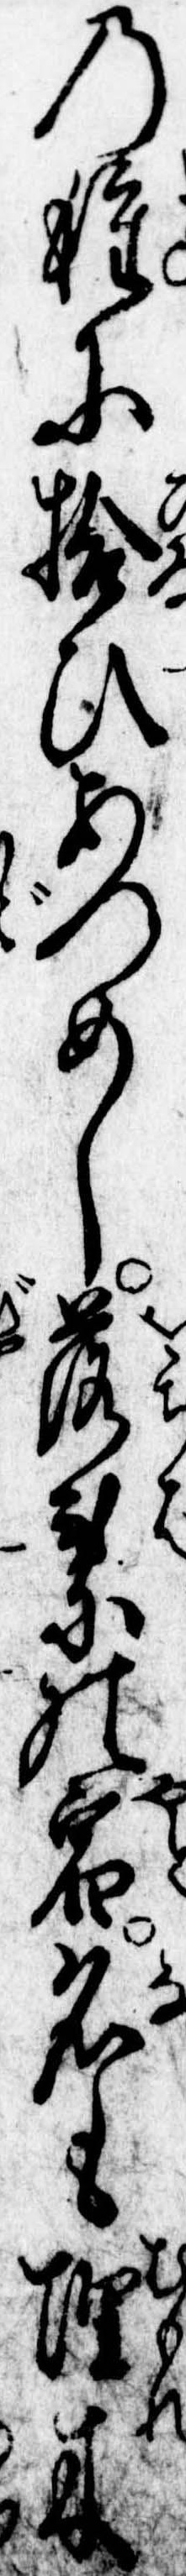
の種に拾ひあつめし落葉の宿名も埋木